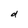
Character: d